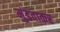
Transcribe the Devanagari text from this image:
मुंडवाकर